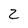
Character: 2